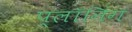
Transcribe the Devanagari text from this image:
प्लॉनिंग